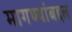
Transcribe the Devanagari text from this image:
मागण्यांबद्दल